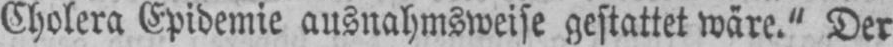
Cholera Epidemie ausnahmsweise gestattet wäre.“ Der